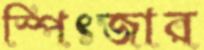
স্পিৎজার